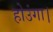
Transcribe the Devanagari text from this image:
होउंगा।